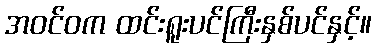
အဝင်ဝက ထင်းရူးပင်ကြီးနှစ်ပင်နှင့်။